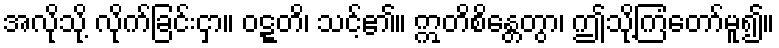
အလိုသို့ လိုက်ခြင်းငှာ။ ဝဋ္ဋတိ၊ သင့်၏။ ဣတိစိန္တေတွာ၊ ဤသို့ကြံတော်မူ၍။